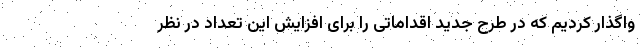
واگذار کردیم که در طرح جدید اقداماتی را برای افزایش این تعداد در نظر